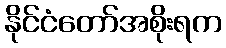
နိုင်ငံတော်အစိုးရက